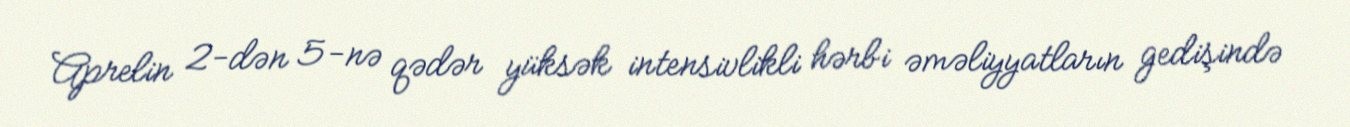
Aprelin 2-dən 5-nə qədər yüksək intensivlikli hərbi əməliyyatların gedişində